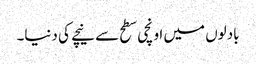
بادلوں میں اونچی سطح سے نیچے کی دنیا۔